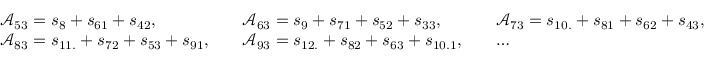
\begin{array} { r l r l r l } & { \mathcal { A } _ { 5 3 } = s _ { 8 } + s _ { 6 1 } + s _ { 4 2 } , } & & { \mathcal { A } _ { 6 3 } = s _ { 9 } + s _ { 7 1 } + s _ { 5 2 } + s _ { 3 3 } , } & & { \mathcal { A } _ { 7 3 } = s _ { 1 0 . } + s _ { 8 1 } + s _ { 6 2 } + s _ { 4 3 } , } \\ & { \mathcal { A } _ { 8 3 } = s _ { 1 1 . } + s _ { 7 2 } + s _ { 5 3 } + s _ { 9 1 } , } & & { \mathcal { A } _ { 9 3 } = s _ { 1 2 . } + s _ { 8 2 } + s _ { 6 3 } + s _ { 1 0 . 1 } , } & & { \ldots } \end{array}